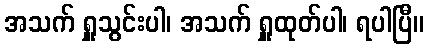
အသက် ရှူသွင်းပါ၊ အသက် ရှူထုတ်ပါ၊ ရပါပြီ။